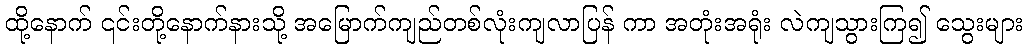
ထို့နောက် ၎င်းတို့နောက်နားသို့ အမြောက်ကျည်တစ်လုံးကျလာပြန် ကာ အတုံးအရုံး လဲကျသွားကြ၍ သွေးများ